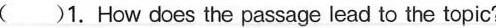
A.By telling a story. B. By giving an opinion.